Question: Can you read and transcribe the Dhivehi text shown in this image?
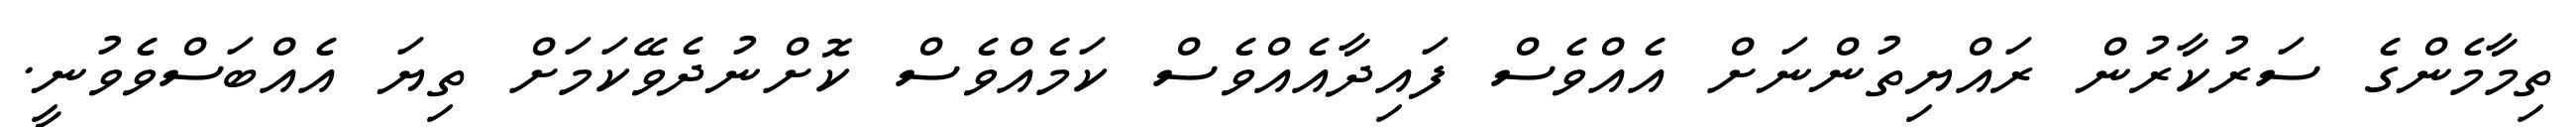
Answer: ތިމާމެންގެ ސަރުކާރުން ރައްޔިތުންނަށް އެއްވެސް ފައިދާއެއްވެސް ކަމެއްވެސް ކޮށްނުދެވޭކަމަށް ތިޔަ އެއްބަސްވެވުނީ.